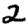
Digit: 2